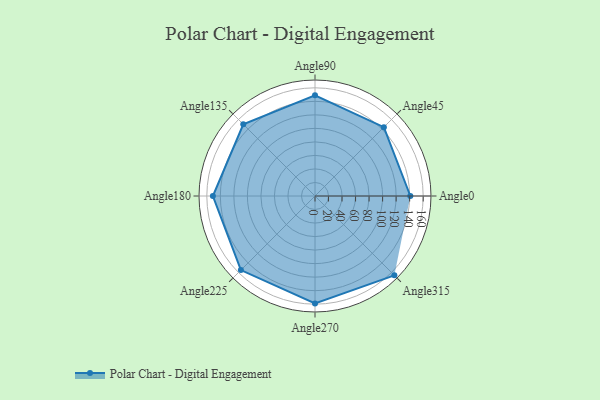
{"axis": {"x": "Angle", "y": "Radius"}, "legend": [""], "data": [{"x": "Angle0", "y": 141.0, "type": ""}, {"x": "Angle45", "y": 144.0, "type": ""}, {"x": "Angle90", "y": 149.0, "type": ""}, {"x": "Angle135", "y": 150.0, "type": ""}, {"x": "Angle180", "y": 151.0, "type": ""}, {"x": "Angle225", "y": 155.0, "type": ""}, {"x": "Angle270", "y": 159.0, "type": ""}, {"x": "Angle315", "y": 166.0, "type": ""}]}